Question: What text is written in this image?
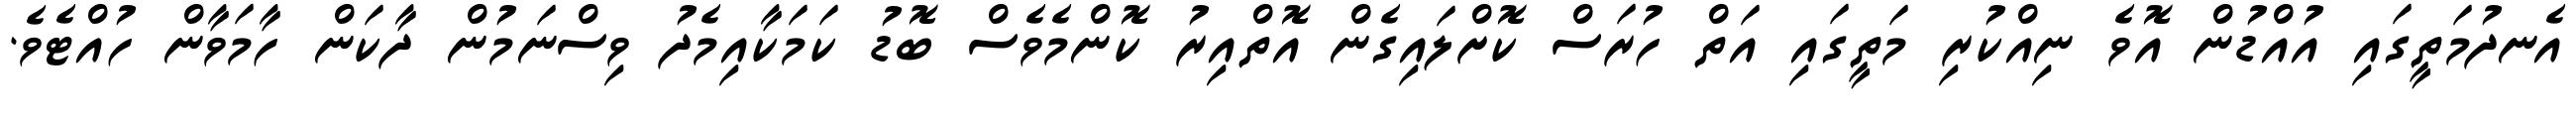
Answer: އެނދުމަތީގައި އުއްޑުން އޮވެ ނިއްކުރި މަތީގައި އަތް ހުރަސް ކޮށްލައިގެން އޮތްއިރު ކޮންމެވެސް ބޮޑު ކަމަކާއިމެދު ވިސްނަމުން ދާކަން ހާމަވާން ހުއްޓެވެ.